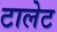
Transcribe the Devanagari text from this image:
टालेट